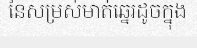
នៃសម្រស់មាត់ឆ្នេរដូចក្នុង